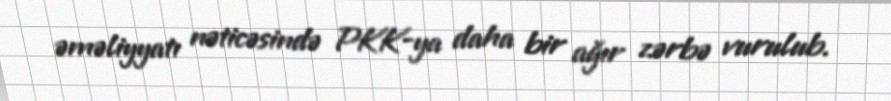
əməliyyatı nəticəsində PKK-ya daha bir ağır zərbə vurulub.